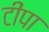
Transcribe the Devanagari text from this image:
टींपा